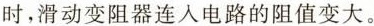
时，滑动变阻器连入电路的阻值变大。